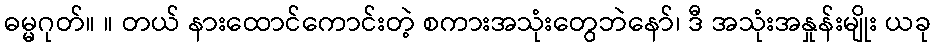
ဓမ္မဂုတ်။ ။ တယ် နားထောင်ကောင်းတဲ့ စကားအသုံးတွေဘဲနော်၊ ဒီ အသုံးအနှုန်းမျိုး ယခု